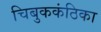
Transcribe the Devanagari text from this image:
चिबुककंठिका